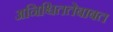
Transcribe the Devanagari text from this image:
अनिश्चिततेबाबत